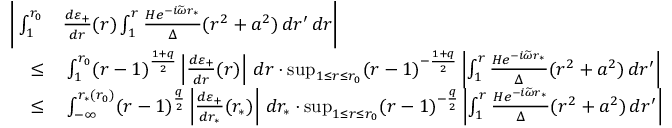
\begin{array} { r l } { \Bigg | \int _ { 1 } ^ { r _ { 0 } } } & { \frac { d \varepsilon _ { + } } { d r } ( r ) \int _ { 1 } ^ { r } \frac { H e ^ { - i \widetilde { \omega } r _ { * } } } { \Delta } ( r ^ { 2 } + a ^ { 2 } ) \, d r ^ { \prime } \, d r \Bigg | } \\ { \leq } & { \: \int _ { 1 } ^ { r _ { 0 } } ( r - 1 ) ^ { \frac { 1 + q } { 2 } } \left| \frac { d \varepsilon _ { + } } { d r } ( r ) \right| \, d r \cdot \operatorname* { s u p } _ { 1 \leq r \leq r _ { 0 } } ( r - 1 ) ^ { - \frac { 1 + q } { 2 } } \left| \int _ { 1 } ^ { r } \frac { H e ^ { - i \widetilde { \omega } r _ { * } } } { \Delta } ( r ^ { 2 } + a ^ { 2 } ) \, d r ^ { \prime } \right| } \\ { \leq } & { \: \int _ { - \infty } ^ { r _ { * } ( r _ { 0 } ) } ( r - 1 ) ^ { \frac { q } { 2 } } \left| \frac { d \varepsilon _ { + } } { d r _ { * } } ( r _ { * } ) \right| \, d r _ { * } \cdot \operatorname* { s u p } _ { 1 \leq r \leq r _ { 0 } } ( r - 1 ) ^ { - \frac { q } { 2 } } \left| \int _ { 1 } ^ { r } \frac { H e ^ { - i \widetilde { \omega } r _ { * } } } { \Delta } ( r ^ { 2 } + a ^ { 2 } ) \, d r ^ { \prime } \right| } \end{array}